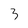
Character: 3